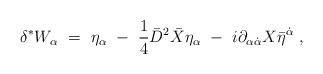
LaTeX: \begin{align*}\delta^*W_\alpha\ =\ \eta_\alpha\ -\ {1\over 4}\bar D^2\bar X\eta_\alpha\ -\ i\partial_{\alpha\dot\alpha}X\bar\eta^{\dot\alpha}\ ,\end{align*}